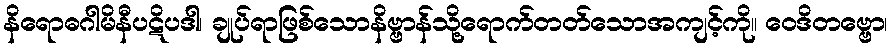
နိရောဓဂါမိနီပဋိပဒါ၊ ချုပ်ရာဖြစ်သောနိဗ္ဗာန်သို့ရောက်တတ်သောအကျင့်ကို။ ဝေဒိတဗ္ဗော၊